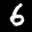
Label: 6